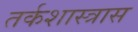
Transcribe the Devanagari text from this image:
तर्कशास्त्रास